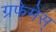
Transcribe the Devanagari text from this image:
ग्रफेमेस्